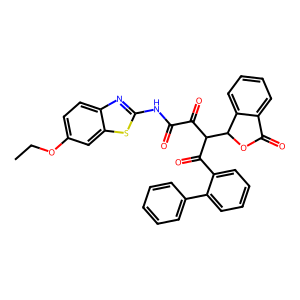
SMILES: CCOc1ccc2nc(NC(=O)C(=O)C(C(=O)c3ccccc3-c3ccccc3)C3OC(=O)c4ccccc43)sc2c1
Inhibits HIV replication: No